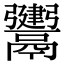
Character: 𩱤